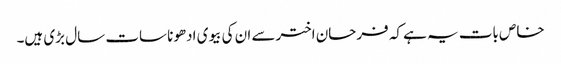
خاص بات یہ ہے کہ فرحان اخترسے ان کی بیوی ادھونا سات سال بڑی ہیں۔